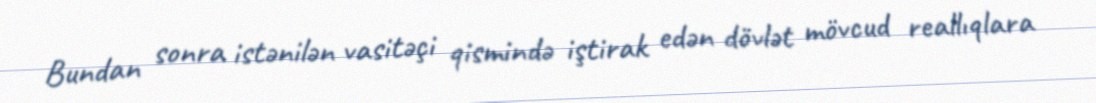
Bundan sonra istənilən vasitəçi qismində iştirak edən dövlət mövcud reallıqlara